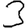
Digit: 3